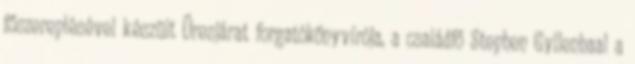
főszereplésével készült Üresjárat forgatókönyvírója, a családfő Stephen Gyllenhaal a